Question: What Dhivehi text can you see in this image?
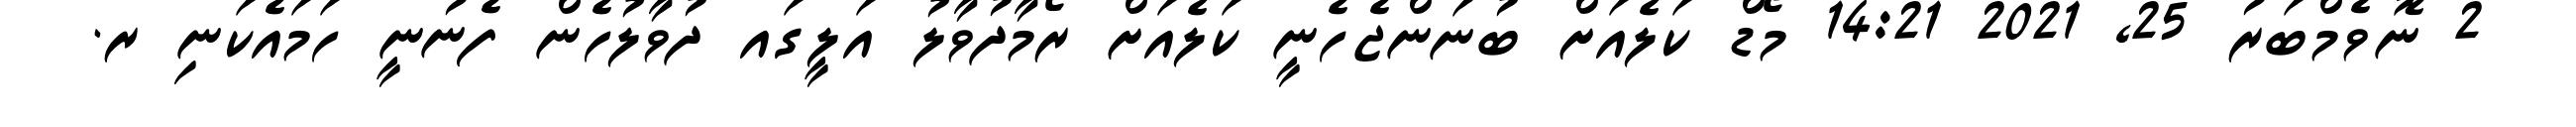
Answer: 2 ނޮވެމްބަރު 25, 2021 14:21 މޯޑް ކަލެއަށް ބުނަންޖެހެނީ ކަލެއަށް ރޯމާދުވާލު އަލީގައ ދުވާލުހެން ފެނުނީ ހަމައެކަނި ރ.